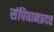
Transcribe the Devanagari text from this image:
संपिधानप्रदत्त